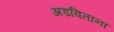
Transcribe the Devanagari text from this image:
अडविताना